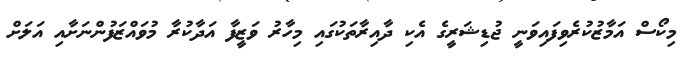
މިކޯސް އަމާޒުކުރެވިފައިވަނީ ޖުޑިޝަރީގެ އެކި ދާއިރާތަކުގައި މިހާރު ވަޒީފާ އަދާކުރާ މުވައްޒަފުންނަށާއި އަލަށް